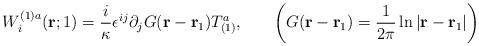
LaTeX: \begin{align*}W^{(1)a}_i({\bf r};1)=\frac{i}{\kappa} \epsilon^{ij} \partial_jG({\bf r}-{\bf r}_1)T^a_{(1)},~~~~~\left( G({\bf r}-{\bf r}_1)=\frac{1}{2\pi}\ln|{\bf r}-{\bf r}_1| \right)\end{align*}